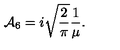
{ \cal A } _ { 6 } = i \sqrt { \frac { 2 } { \pi } } \frac { 1 } { \mu } .